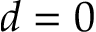
d = 0